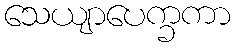
သေယျာပေက္ခကာ